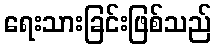
ရေးသားခြင်းဖြစ်သည်